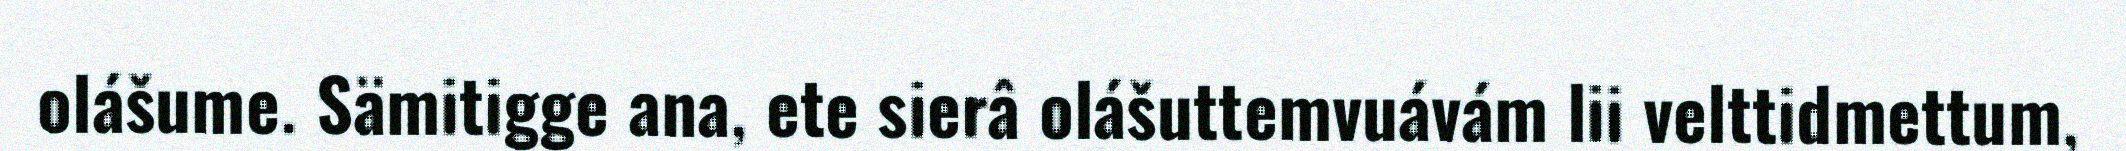
olášume. Sämitigge ana, ete sierâ olášuttemvuávám lii velttidmettum,